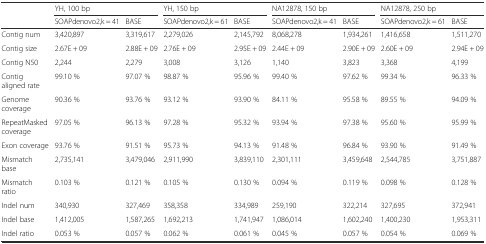
<table><thead><tr><td rowspan="2"></td><td colspan="2"><b>YH, 100 bp</b></td><td colspan="2"><b>YH, 150 bp</b></td><td colspan="2"><b>NA12878, 150 bp</b></td><td colspan="2"><b>NA12878, 250 bp</b></td></tr><tr><td><b>SOAPdenovo2,k = 41</b></td><td><b>BASE</b></td><td><b>SOAPdenovo2,k = 61</b></td><td><b>BASE</b></td><td><b>SOAPdenovo2,k = 41</b></td><td><b>BASE</b></td><td><b>SOAPdenovo2,k = 61</b></td><td><b>BASE</b></td></tr></thead><tbody><tr><td>Contig num</td><td>3,420,897</td><td>3,319,617</td><td>2,279,026</td><td>2,145,792</td><td>8,068,278</td><td>1,934,261</td><td>1,416,658</td><td>1,511,270</td></tr><tr><td>Contig size</td><td>2.67E + 09</td><td>2.88E + 09</td><td>2.76E + 09</td><td>2.95E + 09</td><td>2.44E + 09</td><td>2.90E + 09</td><td>2.60E + 09</td><td>2.94E + 09</td></tr><tr><td>Contig N50</td><td>2,244</td><td>2,279</td><td>3,008</td><td>3,126</td><td>1,140</td><td>3,823</td><td>3,368</td><td>4,199</td></tr><tr><td>Contig aligned rate</td><td>99.10 %</td><td>97.07 %</td><td>98.87 %</td><td>95.96 %</td><td>99.40 %</td><td>97.62 %</td><td>99.34 %</td><td>96.33 %</td></tr><tr><td>Genome coverage</td><td>90.36 %</td><td>93.76 %</td><td>93.12 %</td><td>93.90 %</td><td>84.11 %</td><td>95.58 %</td><td>89.55 %</td><td>94.09 %</td></tr><tr><td>RepeatMasked coverage</td><td>97.05 %</td><td>96.13 %</td><td>97.28 %</td><td>95.32 %</td><td>93.94 %</td><td>97.38 %</td><td>95.60 %</td><td>95.99 %</td></tr><tr><td>Exon coverage</td><td>93.76 %</td><td>91.51 %</td><td>95.73 %</td><td>94.13 %</td><td>91.48 %</td><td>96.84 %</td><td>93.90 %</td><td>91.49 %</td></tr><tr><td>Mismatch base</td><td>2,735,141</td><td>3,479,046</td><td>2,911,990</td><td>3,839,110</td><td>2,301,111</td><td>3,459,648</td><td>2,544,785</td><td>3,751,887</td></tr><tr><td>Mismatch ratio</td><td>0.103 %</td><td>0.121 %</td><td>0.105 %</td><td>0.130 %</td><td>0.094 %</td><td>0.119 %</td><td>0.098 %</td><td>0.128 %</td></tr><tr><td>Indel num</td><td>340,930</td><td>327,469</td><td>358,358</td><td>334,989</td><td>259,190</td><td>322,214</td><td>327,695</td><td>372,941</td></tr><tr><td>Indel base</td><td>1,412,005</td><td>1,587,265</td><td>1,692,213</td><td>1,741,947</td><td>1,086,014</td><td>1,602,240</td><td>1,400,230</td><td>1,953,311</td></tr><tr><td>Indel ratio</td><td>0.053 %</td><td>0.057 %</td><td>0.062 %</td><td>0.061 %</td><td>0.045 %</td><td>0.057 %</td><td>0.054 %</td><td>0.069 %</td></tr></tbody></table>